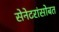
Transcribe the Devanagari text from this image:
सेनेटरांसोबत